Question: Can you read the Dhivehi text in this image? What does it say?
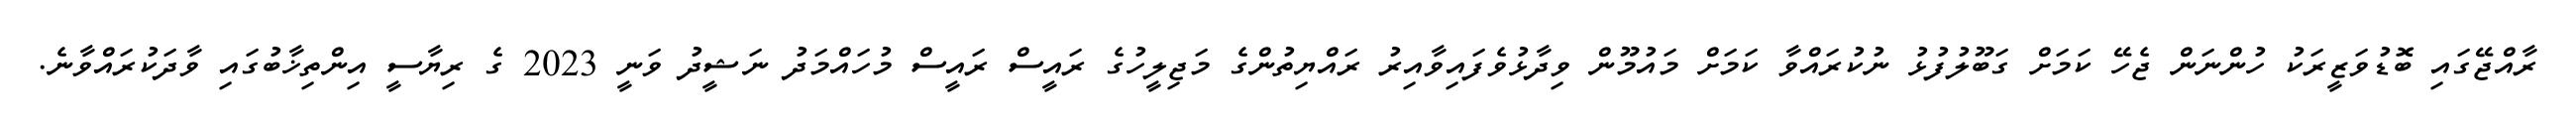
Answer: ރާއްޖޭގައި ބޮޑުވަޒީރަކު ހުންނަން ޖެހޭ ކަމަށް ގަބޫލުފުޅު ނުކުރައްވާ ކަމަށް މައުމޫން ވިދާޅުވެފައިވާއިރު ރައްޔިތުންގެ މަޖިލީހުގެ ރައީސް ރައީސް މުހައްމަދު ނަޝީދު ވަނީ 2023 ގެ ރިޔާސީ އިންތިޚާބުގައި ވާދަކުރައްވާނެ.